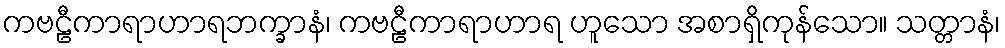
ကဗဠီကာရာဟာရဘက္ခာနံ၊ ကဗဠီကာရာဟာရ ဟူသော အစာရှိကုန်သော။ သတ္တာနံ၊